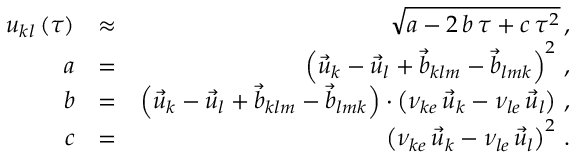
\begin{array} { r l r } { u _ { k l } \left( \tau \right) } & { \approx } & { \sqrt { a - 2 \, b \, \tau + c \, \tau ^ { 2 } } \, , } \\ { a } & { = } & { \left( \vec { u } _ { k } - \vec { u } _ { l } + \vec { b } _ { k l m } - \vec { b } _ { l m k } \right) ^ { 2 } \, , } \\ { b } & { = } & { \left( \vec { u } _ { k } - \vec { u } _ { l } + \vec { b } _ { k l m } - \vec { b } _ { l m k } \right) \cdot \left( \nu _ { k e } \, \vec { u } _ { k } - \nu _ { l e } \, \vec { u } _ { l } \right) \, , } \\ { c } & { = } & { \left( \nu _ { k e } \, \vec { u } _ { k } - \nu _ { l e } \, \vec { u } _ { l } \right) ^ { 2 } \, . } \end{array}